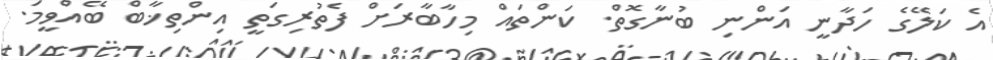
އެ ކަލޭގެ ހަދާނީ އަންނި ބުނާގޮތް. ކަންތައް މިހާބާރަށް ފެތުރިގަތީ އިންތިޚާބް ބޭއްވީމަ.